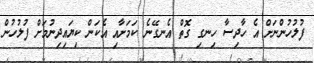
ފުލުހުންނަށް އެ ހާދިސާ ހިނގި ގޮތް އެނގޭނެ ކަމަށާއި އެކަން ކިޔައިދިނުމަށް ފުލުހުން